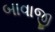
બાવાજી